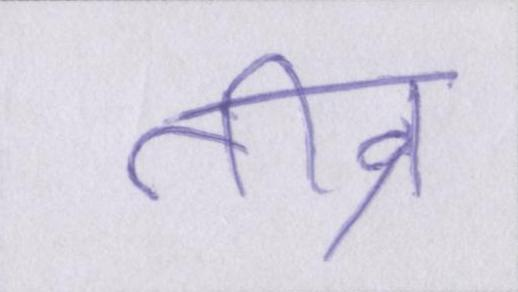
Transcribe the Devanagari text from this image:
तीव्र